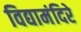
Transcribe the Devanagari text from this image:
विद्यामंदिरे